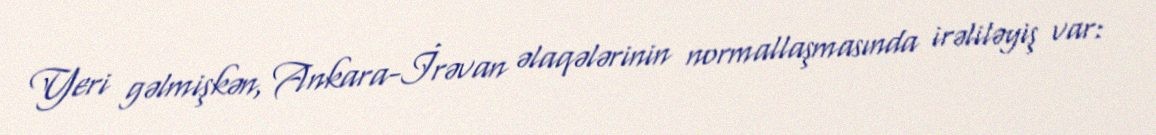
Yeri gəlmişkən, Ankara-İrəvan əlaqələrinin normallaşmasında irəliləyiş var: